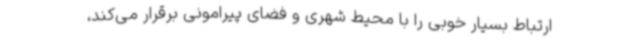
ارتباط بسیار خوبی را با محیط شهری و فضای پیرامونی برقرار می‌کند،